Report on lock hospitals in British Burma
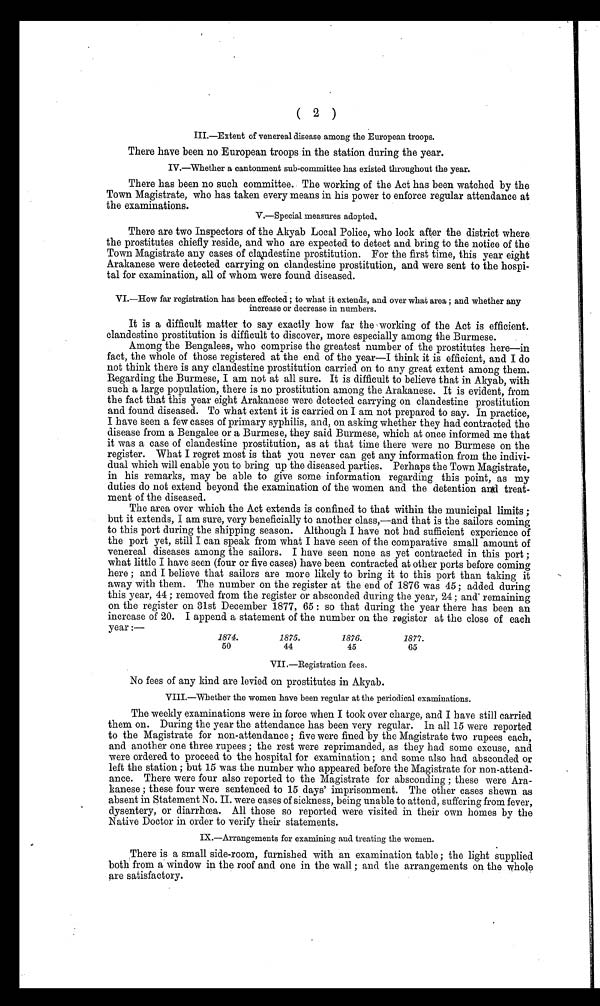
III.—Extent of venereal disease among the European troops.
There have been no European troops in the station during the year.
IV.—Whether a cantonment sub-committee has existed throughout the year.
There has been no such committee. The working of the Act has been watched by the
Town Magistrate, who has taken every means in his power to enforce regular attendance at
the examinations.
V.—Special measures adopted.
There are two Inspectors of the Akyab Local Police, who look after the district where
the prostitutes chiefly reside, and who are expected to detect and bring to the notice of the
Town Magistrate any cases of clandestine prostitution. For the first time, this year eight
Arakanese were detected carrying on clandestine prostitution, and were sent to the hospi-
tal for examination, all of whom were found diseased.
VI.—How far registration has been effected ; to what it extends, and over what area ; and whether any
increase or decrease in numbers.
It is a difficult matter to say exactly how far the working of the Act is efficient.
clandestine prostitution is difficult to discover, more especially among the Burmese.
Among the Bengalees, who comprise the greatest number of the prostitutes here—in
fact, the whole of those registered at the end of the year—I think it is efficient, and I do
not think there is any clandestine prostitution carried on to any great extent among them.
Regarding the Burmese, I am not at all sure. It is difficult to believe that in Akyab, with
such a large population, there is no prostitution among the Arakanese. It is evident, from
the fact that this year eight Arakanese were detected carrying on clandestine prostitution
and found diseased. To what extent it is carried on I am not prepared to say. In practice,
I have seen a few cases of primary syphilis, and, on asking whether they had contracted the
disease from a Bengalee or a Burmese, they said Burmese, which at once informed me that
it was a case of clandestine prostitution, as at that time there were no Burmese on the
register. What I regret most is that you never can get any information from the indivi-
dual which will enable you to bring up the diseased parties. Perhaps the Town Magistrate,
in his remarks, may be able to give some information regarding this point, as my
duties do not extend beyond the examination of the women and the detention and treat-
ment of the diseased.
The area over which the Act extends is confined to that within the municipal limits ;
but it extends, I am sure, very beneficially to another class,—and that is the sailors coming
to this port during the shipping season. Although I have not had sufficient experience of
the port yet, still I can speak from what I have seen of the comparative small amount of
venereal diseases among the sailors. I have seen none as yet contracted in this port ;
what little I have seen (four or five cases) have been contracted at other ports before coming
here ; and I believe that sailors are more likely to bring it to this port than taking it
away with them. The number on the register at the end of 1876 was 45 ; added during
this year, 44 ; removed from the register or absconded during the year, 24 ; and remaining
on the register on 31st December 1877, 65 : so that during the year there has been an
increase of 20. I append a statement of the number on the register at the close of each
year :—
1874. 1875. 1876. 1877.
50
44
45
65
VII.—Registration fees.
No fees of any kind are levied on prostitutes in Akyab.
VIII.—Whether the women have been regular at the periodical examinations.
The weekly examinations were in force when I took over charge, and I have still carried
them on. During the year the attendance has been very regular. In all 15 were reported
to the Magistrate for non-attendance ; five were fined by the Magistrate two rupees each,
and another one three rupees ; the rest were reprimanded, as they had some excuse, and
were ordered to proceed to the hospital for examination ; and some also had absconded or
left the station ; but 15 was the number who appeared before the Magistrate for non-attend-
ance. There were four also reported to the Magistrate for absconding ; these were Ara-
kanese ; these four were sentenced to 15 days' imprisonment. The other cases shewn as
absent in Statement No. II. were cases of sickness, being unable to attend, suffering from fever,
dysentery, or diarrhœa. All those so reported were visited in their own homes by the
Native Doctor in order to verify their statements.
IX.—Arrangements for examining and treating the women.
There is a small side-room, furnished with an examination table; the light supplied
both from a window in the roof and one in the wall ; and the arrangements on the whole
are satisfactory.